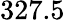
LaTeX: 327.5